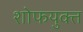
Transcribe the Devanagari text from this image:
शोफयुक्त